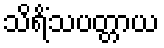
သိရိံသပတ္တာယ